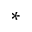
^ *